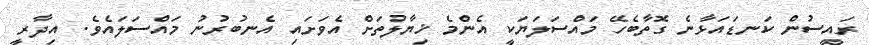
ރައީސުން ކަނޑައަޅާނެ ގޮތާބެހޭ މައްސަލަޔަކީ އެންމެ ޚިޔާލުތަށް އެވަށައި އެނބުރުނު މައްސަލައެވެ. އިދާރީ